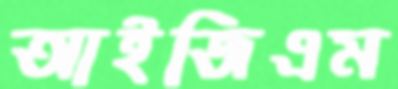
আইজিএম